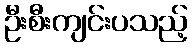
ဦးစီးကျင်းပသည့်